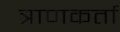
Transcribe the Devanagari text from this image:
त्राणकर्ता